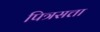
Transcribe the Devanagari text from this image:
पित्रसत्ता